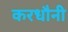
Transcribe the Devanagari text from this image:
करधौनी